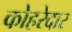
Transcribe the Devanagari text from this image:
कोहरेदार